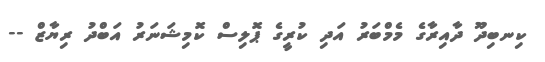
ކިނބިދޫ ދާއިރާގެ މެމްބަރު އަދި ކުރީގެ ޕޮލިސް ކޮމިޝަނަރު އަބްދު ރިޔާޒް --